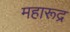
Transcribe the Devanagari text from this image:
महारूद्र